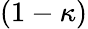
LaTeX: (1-\kappa)